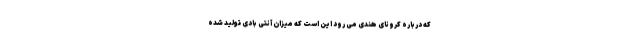
که درباره کرونای هندی می رود این است که میزان آنتی بادی تولید شده